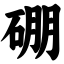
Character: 硼